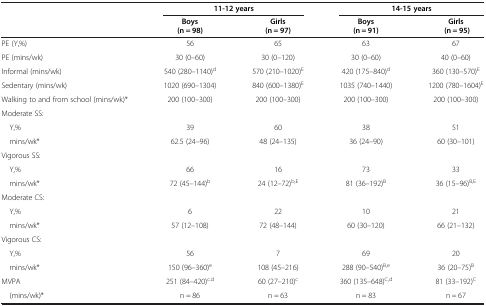
|  | <COLSPAN=2> 11-12 years | <COLSPAN=2> 14-15 years |
 |  | Boys (n = 98) | Girls (n = 97) | Boys (n = 91) | Girls (n = 95) |
 | --- | --- | --- | --- | --- |
 | PE (Y,%) | 56 | 65 | 63 | 67 |
 | PE (mins/wk) | 30 (0–60) | 30 (0–120) | 30 (0–60) | 40 (0–60) |
 | Informal (mins/wk) | 540 (280–1140)d | 570 (210–1020)E | 420 (175–840)d | 360 (130–570)E |
 | Sedentary (mins/wk) | 1020 (690–1304) | 840 (600–1380)E | 1035 (740–1440) | 1200 (780–1604)E |
 | Walking to and from school (mins/wk)* | 200 (100–300) | 200 (100–300) | 200 (100–300) | 200 (100–300) |
 | Moderate SS: |  |  |  |  |
 | Y,% | 39 | 60 | 38 | 51 |
 | mins/wk* | 62.5 (24–96) | 48 (24–135) | 36 (24–90) | 60 (30–101) |
 | Vigorous SS: |  |  |  |  |
 | Y,% | 66 | 16 | 73 | 33 |
 | mins/wk* | 72 (45–144)b | 24 (12–72)b,E | 81 (36–192)B | 36 (15–96)B,E |
 | Moderate CS: |  |  |  |  |
 | Y,% | 6 | 22 | 10 | 21 |
 | mins/wk* | 57 (12–108) | 72 (48–144) | 60 (30–120) | 66 (21–132) |
 | Vigorous CS: |  |  |  |  |
 | Y,% | 56 | 7 | 69 | 20 |
 | mins/wk* | 150 (96–360)e | 108 (45–216) | 288 (90–540)B,e | 36 (20–75)B |
 | MVPA | 251 (84–420)c.d | 60 (27–210)c | 360 (135–648)C,d | 81 (33–192)C |
 | (mins/wk)* | n = 86 | n = 63 | n = 83 | n = 67 |